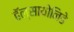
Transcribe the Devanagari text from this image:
हॅल्सायोनिडे